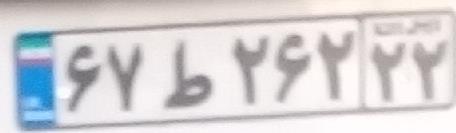
۶۷ط۲۶۲۲۲